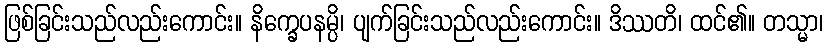
ဖြစ်ခြင်းသည်လည်းကောင်း။ နိက္ခေပနမ္ပိ၊ ပျက်ခြင်းသည်လည်းကောင်း။ ဒိဿတိ၊ ထင်၏။ တသ္မာ၊